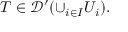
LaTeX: T \in { \mathcal { D } } ^ { \prime } ( \cup _ { i \in I } U _ { i } ) .